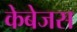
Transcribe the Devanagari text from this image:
केबेजस